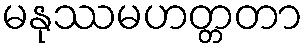
မနုဿမဟတ္တတာ